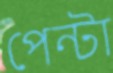
পেন্টা